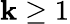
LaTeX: \mathbf{k}\geq1